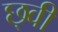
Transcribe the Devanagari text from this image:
छ्वी